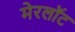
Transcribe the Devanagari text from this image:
मेरलॉट